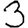
Digit: 3